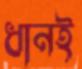
ধানই